Report on sanitation, dispensaries, and jails in Rajputana for 1912, and on vaccination for the year 1912-1913 - 1912-1913
Year: 1912
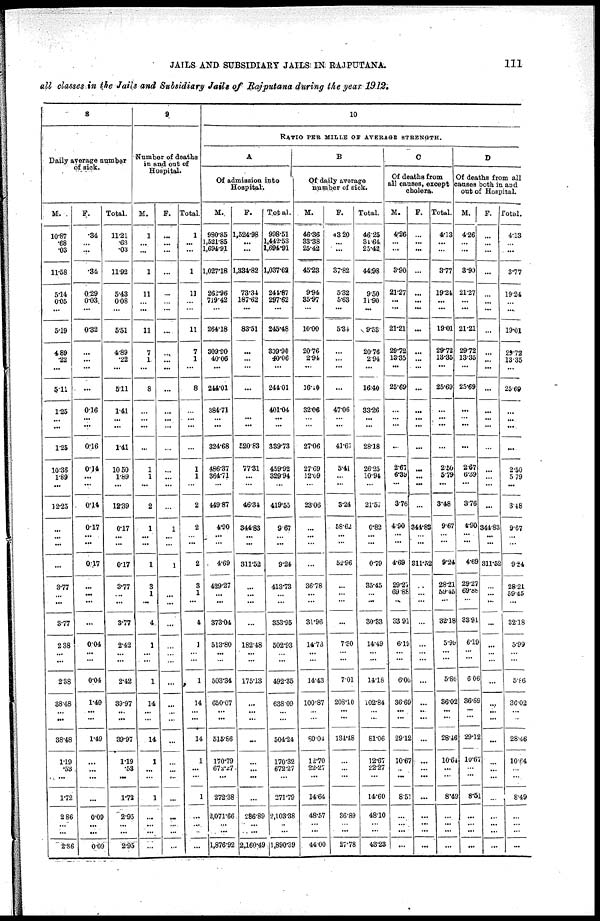
JAILS AND SUBSIDIARY JAILS IN RAJPUTANA.
111
all classes in the Jails and Subsidiary Jails of Rajputana during the year 1912.
8
Daily average number
of sick.
M.
10.87
.68
.03
11.58
5.14
0.05
...
5.19
4.89
.22
...
5.11
1.25
...
...
1.25
10.36
1.89
...
12.25
...
...
...
...
3.77
...
...
3.77
2.38
...
...
2.38
38.48
...
...
38.48
1.19
.53
...
1.72
2.86
...
...
2.86
F.
.34
...
...
.34
0.29
0.03
...
0.32
...
...
...
...
0.16
...
...
0.16
0.14
...
...
0.14
0.17
...
...
0.17
...
...
...
...
0.04
...
...
0.04
1.49
...
...
1.49
...
...
...
...
0.09
...
...
0.09
Total.
11.21
.68
.03
11.92
5.43
0.08
...
5.51
4.89
.22
...
5.11
1.41
...
...
1.41
10.50
1.89
...
12.39
0.17
...
. ..
0.17
3.77
...
...
3.77
2.42
...
...
2.42
39.97
...
...
39.97
1.19
.53
...
1.72
2.95
...
...
2.95
9
Number of deaths
in and out of
Hospital.
M.
1
...
...
1
11
...
...
11
7
1
...
8
...
...
...
...
1
1
...
2
1
...
...
1
3
1
...
4
1
...
...
1
14
...
...
14
1
...
...
1
...
...
...
...
F.
...
...
...
...
...
...
...
...
...
...
...
...
...
...
...
...
...
...
...
...
1
...
...
1
...
...
...
...
...
...
...
...
...
...
...
...
...
...
...
...
...
...
...
...
Total.
1
...
...
1
11
...
...
11
7
1
...
8
...
...
...
...
1
1
...
2
2
...
...
2
3
1
...
4
1
... ...
1
14
...
...
14
1
...
...
1
...
...
...
...
10
RATIO PER MILLE OF AVERAGE STRENGTH.
A
Of admission into
Hospital.
M.
980.85
1,521.85
1,694.91
1,027.18
262.96
719.42
...
264.18
309.90
40.06
...
244.01
384.71
...
...
324.68
486.37
364.71
...
449.87
4.90
...
...
4.69
429.27
...
...
373.04
513.80
...
...
503.34
650.07
...
...
515.86
170.79
672.27
...
272.38
2,071.66
...
...
1,876.92
F.
1,524.98
...
...
1,334.82
73.34
187.62
...
83.51
...
...
...
...
...
...
...
520.83
77.31
...
...
46.34
344.83
...
...
311.52
...
...
...
...
182.48
...
...
175.13
...
...
...
...
...
...
...
...
286.89
...
2,160.49
Total.
998.51
1,442.53
1,694.91
1,037.62
244.87
297.62
...
245.48
309.90
40.06
...
244.01
401.04
...
...
339.73
459.92
329.94
...
419.55
9.67
...
...
9.24
413.73
...
...
353.95
502.93
... ...
492.35
638.09
...
...
504.24
170.32
672.27
...
271.79
2,103.38
...
...
1,890.39
B
Of daily average
number of sick.
M.
46.36
33.38
25.42
45.23
9.94
35.97
...
10.00
20.76
2.94
...
16.10
32.06
...
...
27.06
27.69
12.09
...
23.06
...
...
...
...
36.78
...
...
31.96
14.73
...
...
14.43
100.87
...
...
80.04
12.70
22.27
...
14.64
48.57
...
...
44.00
F.
43.20
...
...
37.82
5.32
5.63
...
5.34
...
...
...
...
47.06
...
...
41.67
5.41
...
...
3.24
58.62
...
...
52.96
...
...
...
...
7.30
...
...
7.01
208.10
...
...
134.48
...
...
...
...
36.89
...
...
27.78
Total.
46.25
31.64
25.42
44.98
9.50
11.90
...
9.53
20.76
2.94
...
16.40
33.26
...
...
28.18
26.25
10.94
...
21.57
0.82
...
...
0.79
35.45
...
...
30.33
14.49
...
...
14.18
102.84
...
...
81.06
12.67
22.27
...
14.60
48.10
...
...
43.23
C
Of deaths from
all causes, except
cholera.
M.
4.26
...
...
3.90
21.27
...
...
21.21
29.72
13.35
...
25.69
...
...
...
...
2.67
6.39
...
3.76
4.90
...
...
4.69
29.27
69.86
...
33.91
6.19
...
...
6.06
36.69
...
...
29.12
10.67
..
...
8.51
...
...
...
...
F.
...
...
...
...
...
...
...
...
...
...
...
...
...
...
...
...
...
...
...
...
344.88
...
...
311.52
...
...
...
...
...
...
...
...
...
...
...
...
...
...
...
...
...
...
...
Total.
4.13
...
...
3.77
19.24
...
...
1901
29.72
13.35
...
25.69
...
...
...
...
2.50
5.79
...
3.48
9.67
...
...
9.24
28.21
59.45
...
32.18
5.99
...
...
5.86
36.02
...
...
28.46
10.64
...
...
8.49
...
...
...
...
D
Of deaths from all
causes both in and
out of Hospital.
M.
4.26
...
...
3.90
21.27
...
...
21.21
29.72
13.35
...
25.69
...
...
...
...
2.67
6.39
...
3.76
4.90
...
...
4.69
29.27
69.88
...
33.91
6.19
...
...
6.06
36.69
...
...
29.12
10.67
...
...
8.51
...
...
...
...
F.
...
...
...
...
...
...
...
...
...
...
...
...
...
...
...
...
...
...
...
...
344.83
...
...
311.52
...
...
...
...
...
... ...
...
...
...
...
...
...
...
...
...
...
...
...
...
Total.
4.13
...
...
3.77
19.24
...
...
19.01
29.72
13.35
...
25.69
...
...
...
...
2.50
5.79
...
3.48
9.67
...
...
9.24
28.21
59.45
...
32.18
5.99
...
5.86
36.02
...
...
28.46
10.64
...
...
8.49
...
...